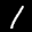
Label: 1